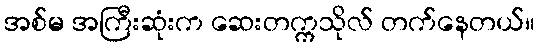
အစ်မ အကြီးဆုံးက ဆေးတက္ကသိုလ် တက်နေတယ်။